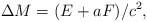
\begin{align*}\Delta M = ( E + a F )/c^2,\end{align*}